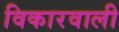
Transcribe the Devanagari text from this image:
विकारवाली